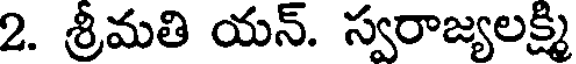
2. శ్రీమతి యన్. స్వరాజ్యలక్ష్మి